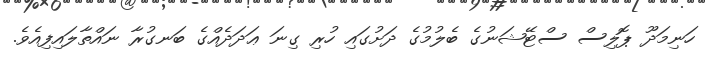
ހަނިމަދޫ ޕޮލިސް ސްޓޭޝަނުގެ ބެލުމުގެ ދަށުގައި ހުރި ގިނަ ޢަދަދެއްގެ ބަނގުރާ ނައްތާލައިފިއެވެ.